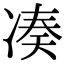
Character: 凑